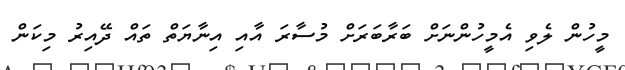
މީހުން ލެވި އެމީހުންނަށް ބަރާބަރަށް މުސާރަ އާއި އިނާޔަތް ތައް ދޭއިރު މިކަން